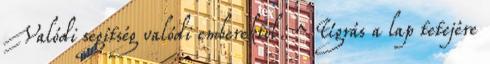
Valódi segítség valódi emberektől. ^ Ugrás a lap tetejére